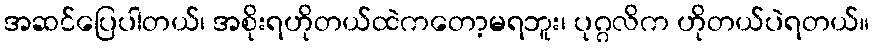
အဆင်ပြေပါတယ်၊ အစိုးရဟိုတယ်ထဲကတော့မရဘူး၊ ပုဂ္ဂလိက ဟိုတယ်ပဲရတယ်။